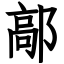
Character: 鄗